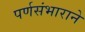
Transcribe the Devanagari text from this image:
पर्णसंभाराने